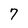
Character: 7